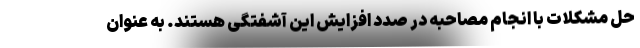
حل مشکلات با انجام مصاحبه در صدد افزایش این آشفتگی هستند. به عنوان